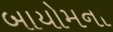
બાયોમના